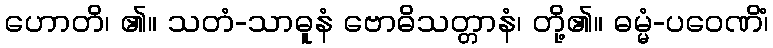
ဟောတိ၊ ၏။ သတံ-သာဓူနံ ဗောဓိသတ္တာနံ၊ တို့၏။ ဓမ္မံ-ပဝေဏိံ၊